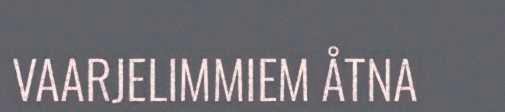
VAARJELIMMIEM ÅTNA